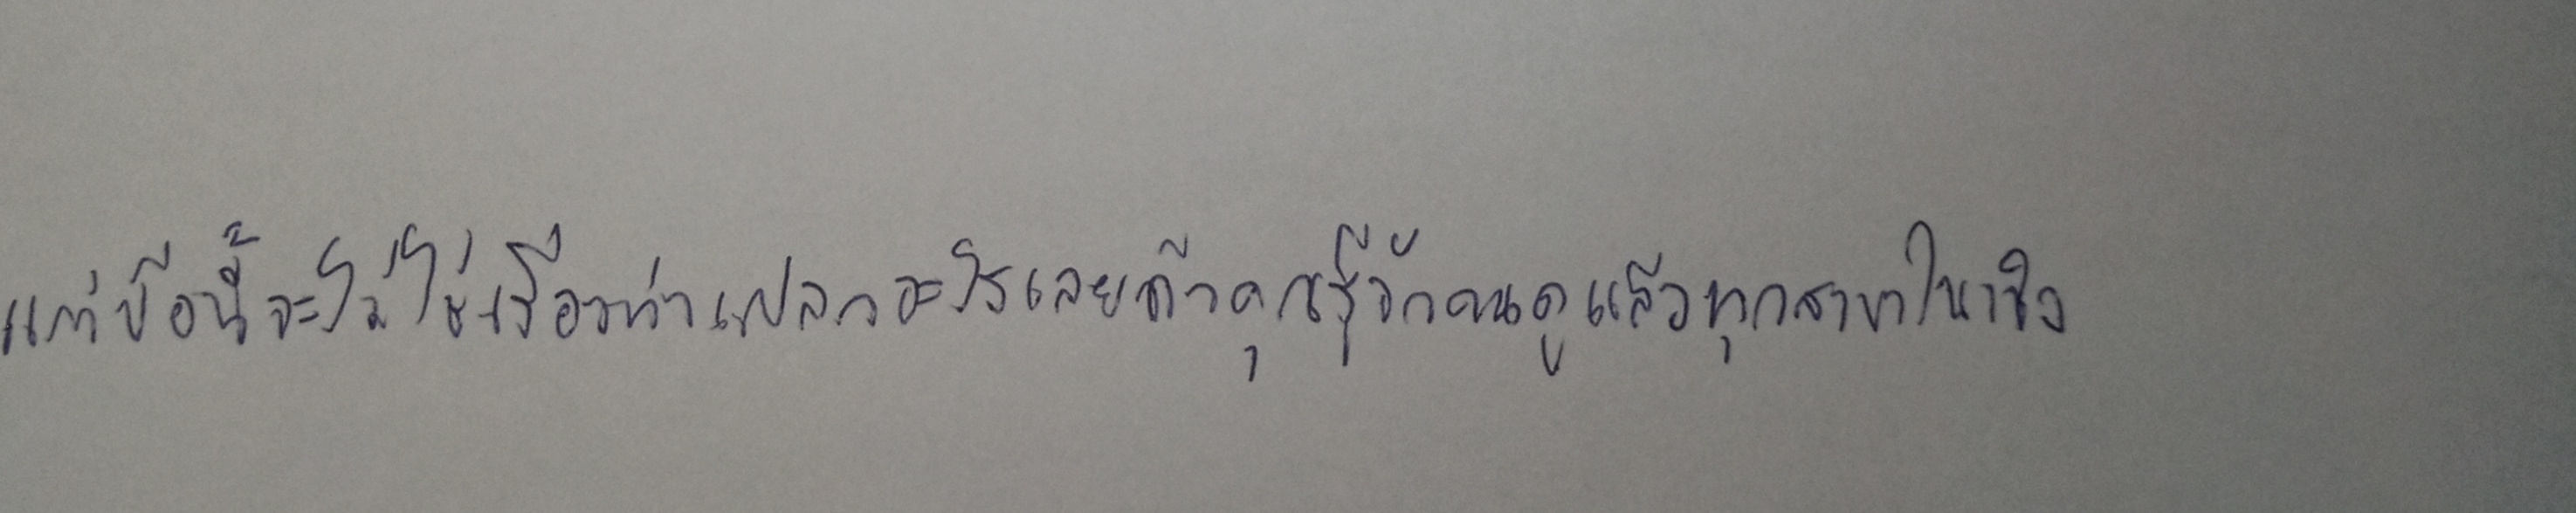
แต่ข้อนี้จะไม่ใช่เรื่องน่าแปลกอะไรเลยถ้าคุณรู้จักเคนดูแล้วทุกสาขาในเชิง